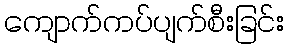
ကျောက်ကပ်ပျက်စီးခြင်း